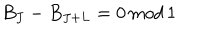
LaTeX: B _ { J } - B _ { J + L } = 0 \, m o d \, 1